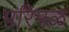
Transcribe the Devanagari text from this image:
परिमळ